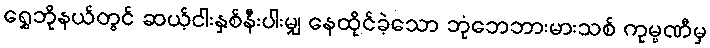
ရွှေဘိုနယ်တွင် ဆယ့်ငါးနှစ်နီးပါးမျှ နေထိုင်ခဲ့သော ဘုံဘေဘားမားသစ် ကုမ္ပဏီမှ